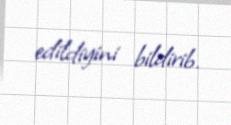
edildiyini bildirib.